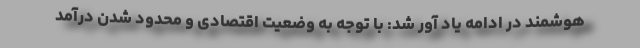
هوشمند در ادامه یاد آور شد: با توجه به وضعیت اقتصادی و محدود شدن درآمد